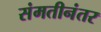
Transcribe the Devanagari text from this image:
संमतीनंतर